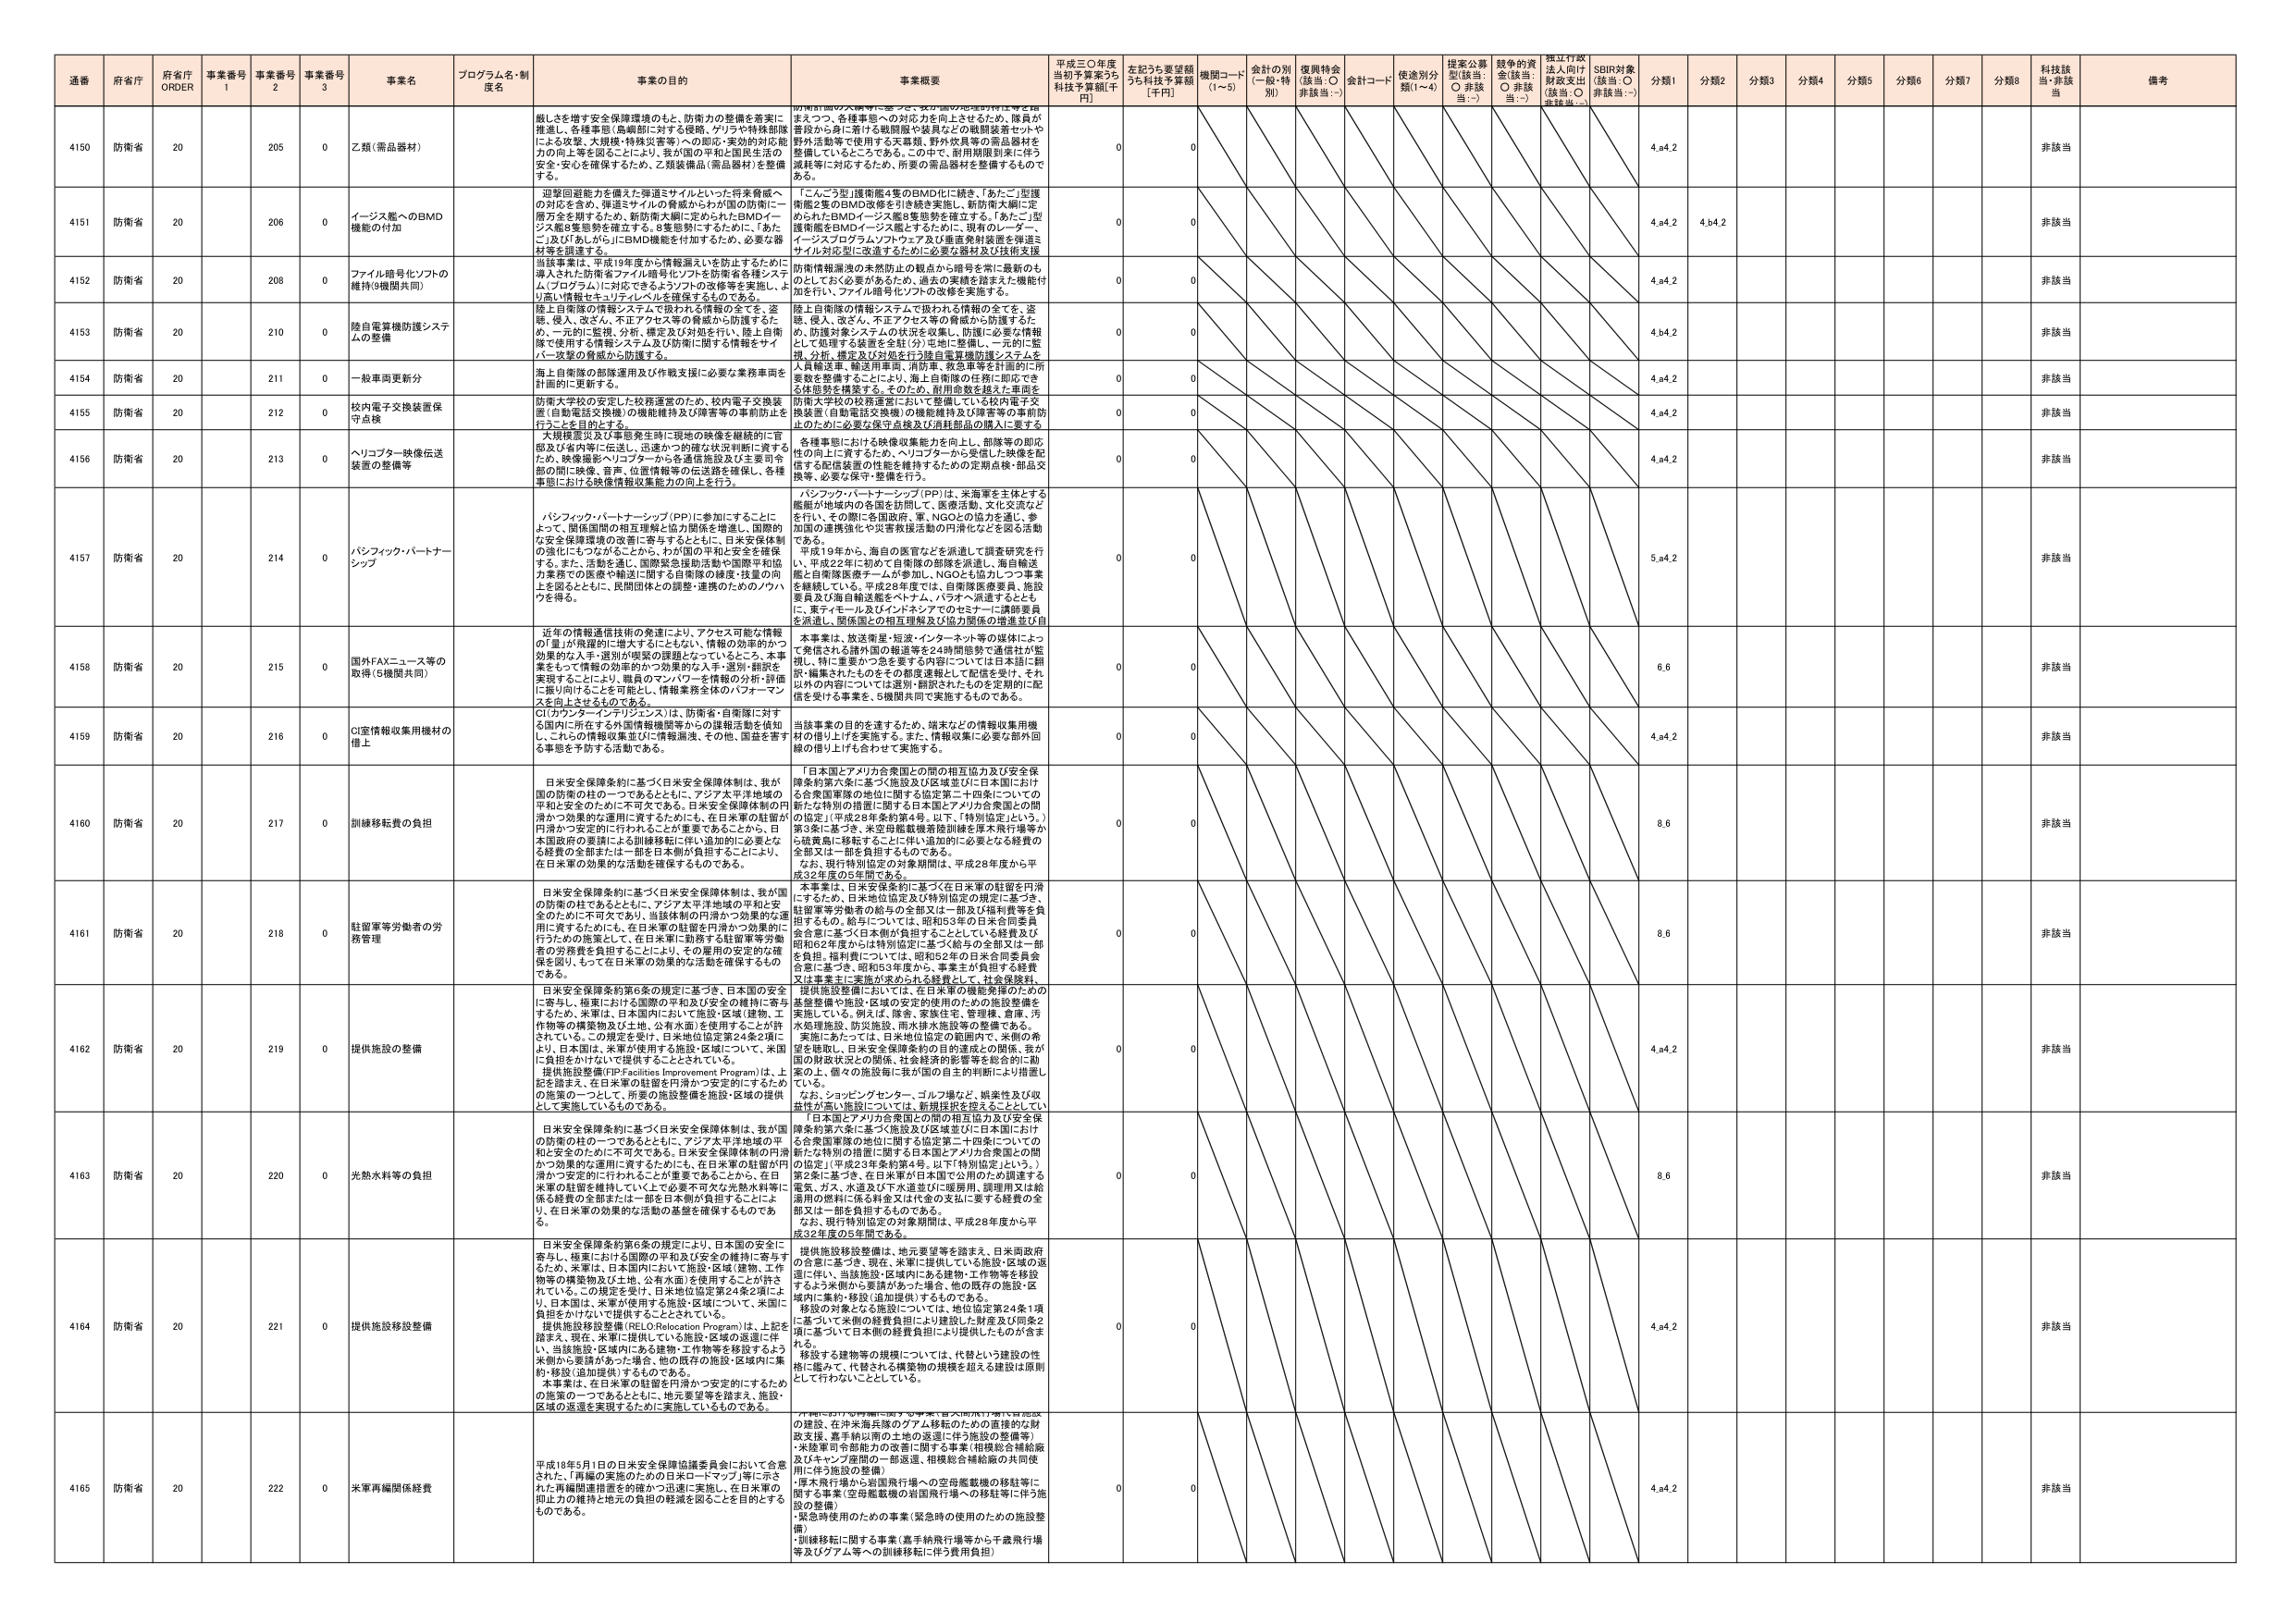
通番 府省庁 府省庁 ORDER 事業番号 1 事業番号 2 事業番号 3 事業名 プログラム名・制 度名 事業の目的 事業概要 平成三〇年度 当初予算案うち 科技予算額[千 円] 左記うち要望額 うち科技予算額 [千円] 機関コード (1～5) 会計の別 (一般・特 別) 復興特金 (該当：○ 非該当：-) 会計コード 使途別分 類(1～4) 提案公募 型(該当： ○ 非該当：-) 競争的資 金(該当： ○ 非該当：-) 独立行政 法人向け 財政支出 (該当：○ 非該当：-) SDBR対象 (該当：○ 非該当：-) 分類1 分類2 分類3 分類4 分類5 分類6 分類7 分類8 科技該 当・非該 当 備考

4150 防衛省 20 205 0 乙類（需品器材） 船しを増す安全保障環境のもと、防衛力の整備を着実に 推進し、各種事態（島嶼部に対する侵略、ゲリラや特殊部隊 による攻撃、大規模・特殊災害等）への即応・実効的対応能 力の向上等を図ることにより、我が国の平和と国民生活の 安全・安心を確保するため、乙類装備品（需品器材）を整備 する。 要請期間の大幅増に応じて、実力増の加速的伴走を図 る。また、各種事態への対応力を向上させるため、隊員が 普段から身に着ける戦闘服や装具などの戦闘装備や、や 野外活動等で使用する天幕類、野外炊具等の需品器材を 整備しているところである。この中で、耐用期限到来に伴う 流耗等に対応するため、所要の需品器材を整備するもので ある。 0 0 4.a4.2 非該当

4151 防衛省 20 206 0 イージス艦へBMD 機能の付加 即応回避能力を備えた弾道ミサイルといった将来脅威へ の対応を含め、弾道ミサイルの発威からわが国の防衛に一 層万全を期するため、新防衛大綱に定められたBMDイー ジス艦8隻態勢を確立する。8隻態勢にするために、「あた ご」及び「あらかじ」にBMD機能を付加するため、必要な器 材等を調達する。 「こんごう型」護衛艦4隻のBMD化に続き、「あたご」型護 衛艦2隻のBMD改修を引き続き実施し、新防衛大綱に定 められたBMDイージス艦8隻態勢を確立する。「あたご」型 護衛艦をBMDイージス艦とするために、現有のレーダー、 イージスプログラムソフトウェア及び垂直発射装置を弾道ミ サイル対応型に改進するのに必要な器材及び技術支援 0 0 4.a4.2 4.b4.2 非該当

4152 防衛省 20 208 0 ファイル暗号化ソフトの 維持(9機関共同) 当該事業は、平成19年度から情報漏えいを防止するために 導入された防衛省ファイル暗号化ソフトを防衛省各様システ ム（プログラム）に対応できるようソフトの改修等を実施し、よ り強い情報をセキュリティレベルを維持するものである。 防衛情報漏洩の未然防止の観点から暗号を常に最新のも のにしておく必要があるため、過去の実績を踏まえた機能付 加を行い、ファイル暗号化ソフトの改修を実施する。 0 0 4.a4.2 非該当

4153 防衛省 20 210 0 陸自電算機防護システ ムの整備 陸上自衛隊の情報システムで扱われる情報の全てを、盗 聴、侵入、改ざん、不正アクセス等の脅威から防護するた め、一元的に監視、分析、構定及び対処を行い、陸上自衛 隊で使用する情報システム及び防衛に関する情報をサイ バー攻撃の脅威から防護する。 陸上自衛隊の情報システムで扱われる情報の全てを、盗 聴、侵入、改ざん、不正アクセス等の脅威から防護するた め、防護対象システムの状況を収集し、防護に必要な情報 として処理する装置を全駐（分）屯地に整備し、一元的に監 視、分析、構定及び対処を行う陸自電算機防護システムを 0 0 4.b4.2 非該当

4154 防衛省 20 211 0 一般車両更新分 海上自衛隊の部隊運用及び作戦支援に必要な業務車両を 計画的に更新する。 人員輸送車、輸送用車両、消防車、救急車等を計画的に所 要数を整備することにより、海上自衛隊の任務に即応でき る体態勢を構築する。そのため、耐用年数を越えた車両を 0 0 4.a4.2 非該当

4155 防衛省 20 212 0 校内電子交換装置保 守点検 防衛大学校の安定した校務運営のため、校内電子交換装 置（自動電話交換機）の機能維持及び障害等の事前防止を 行うことを目的とする。 防衛大学校の校務運営において整備している校内電子交 換装置（自動電話交換機）の機能維持及び障害等の事前防 止のために必要な保守点検及び消耗部品の購入に要する 0 0 4.a4.2 非該当

4156 防衛省 20 213 0 ヘリコプター映像伝送 装置の整備等 大規模震災及び事態発生時に現地の映像を継続的に管 憲及び省内等に伝送し、迅速かつ的確な状況判断に資する ため、映像撮影ヘリコプターから各通信施設及び主要司令 部の間に映像、音声、位置情報等の伝送路を確保し、各種 事態における映像情報収集能力の向上を行う。 各種事態における映像収集能力を向上し、部隊等の即応 性の向上に資するため、ヘリコプターから受信した映像を配 信する配信装置の性能を維持するための定期点検・部品交 換等、必要な保守・整備を行う。 0 0 4.a4.2 非該当

4157 防衛省 20 214 0 パシフィック・パートナー シップ パシフィック・パートナーシップ（PP）に参加することに よって、関係国間の相互理解と協力関係を増進し、国際的 な安全保障環境の改善に寄与するとともに、日米安保体制 の強化にもつながることから、わが国の平和と安全を確保 する。また、活動を通し、国際緊急援助活動や国際平和協 力事業での自衛や補強に関する自衛隊の派遣・技術の向 上を図るとともに、民間団体との調整・連携のためのノウハ ウを得る。 パシフィック・パートナーシップ（PP）は、米海軍を主体とする 艦艇が地域内の各国を訪問して、医療活動、文化交流など を行い、その際に各国政府、軍、NGOとの協力を通じ、参 加国の連携強化や災害救援活動の円滑化などを図る活動 である。 平成19年から、海自の医官などを派遣して調査研究を行 い、平成22年に初めて自衛隊の部隊を派遣し、海自輸送 艦と自衛隊医療チームが参加し、NGOとも協力しつつ事業 を継続している。平成28年度では、自衛隊医療要員、施設 要員及び海自輸送艦をベトナム、パラオへ派遣するととも に、更ティモール及びインドネシアでのセミナーに講師要員 を派遣し、関係国との相互理解及び協力関係の増進並び自 0 0 5.a4.2 非該当

4158 防衛省 20 215 0 国外FAXニュース等の 取得（5機関共同） 近年の情報通信技術の発達により、アクセス可能な情報 の「量」が飛躍的に増大するとともに、情報の効率的かつ 効果的な入手・選別が喫緊の課題となっているところ、本事 業をもって情報の効率的かつ効果的な入手・選別・翻訳を 実現することにより、職員のマンパワーを情報の分析・評価 に振り向けることを可能とし、情報業務全体のパフォーマン スを向上させることを目的とする。 本事業は、放送衛星・短波・インターネット等の媒体によっ て発信される国外の報道等を24時間態勢で通信社が監 視し、特に重要かつ2を要する内容については日本語に翻 訳・編集されたものをその都度連載として配信を受ける。そ れ以外の内容については選別・翻訳されたものを定期的に配 信を受ける事業を、5機関共同で実施するものである。 0 0 6.6 非該当

4159 防衛省 20 216 0 CI室情報収集用機材の 借上 CI（カウンターインテリジェンス）は、防衛省・自衛隊に対す る国外に所在する外国情報機関等からの諜報活動を検知 し、これらの情報収集活動に情報漏洩、その他、国益を害す る事態を予防する活動である。 当該事業の目的を達するため、端末などの情報収集用機 材の借り上げを実施する。また、情報収集に必要な部外回 線の借り上げも合わせて実施する。 0 0 4.a4.2 非該当

4160 防衛省 20 217 0 訓練移転費の負担 日米安全保障条約に基づく日米安全保障体制は、我が 国の防衛の柱の一つであるとともに、アジア太平洋地域の 平和と安全のために不可欠である。日米安全保障体制の円 滑かつ効果的な運用に資するためにも、在日米軍の駐留が 円滑かつ安定的に行われることが重要であることから、日 本国民の要請による訓練移転に伴い追加的に必要とな る経費の全部または一部を日本側が負担することにより、 在日米軍の効果的な活動を確保するものである。 「日本国とアメリカ合衆国との間の相互協力及び安全保 障条約第六条に基づく施設及び区域並びに日本国におけ る合衆国軍隊の地位に関する協定第二十四条についての 新たな特別の措置に関する日本国とアメリカ合衆国との間 の協定」（平成28年条約第4号。以下、「特別協定」という。） 第3条に基づき、米空母艦載機補給訓練を厚木飛行場等か ら横須賀に移転することに伴い追加的に必要となる経費の 全部又は一部を負担するものである。 なお、現行特別協定の対象期間は、平成28年度から平 成32年度の5年間である。 0 0 8.6 非該当

4161 防衛省 20 218 0 駐留軍等労働者の労 務管理 日米安全保障条約に基づく日米安全保障体制は、我が国 の防衛の柱であるとともに、アジア太平洋地域の平和と安 全のために不可欠であり、当該体制の円滑かつ効果的な運 用に資するためにも、在日米軍の駐留が円滑かつ効果的に 行うための施策として、在日米軍に勤務する駐留軍等労働 者の労務費を負担することにより、その雇用の安定的な確 保を図り、もって在日米軍の効果的な活動を確保するもの である。 本事業は、日米安保条約に基づく在日米軍の駐留を円滑 にするため、日米地位協定及び特別協定の規定に基づき、 駐留軍等労働者の給与の全部又は一部及び福利費等を負 担するもの。給与については、昭和53年の日米合同委員 会合意に基づく日本側が負担することとしている経費及び 昭和62年度からは特別協定に基づく給与の全部又は一部 を負担。福利費については、昭和52年の日米合同委員会 合意に基づき、昭和53年度から、事業主が負担する経費 又は事業主に委託が求められる経費として、社会保険料、 提供施設整備においては、在日米軍の機能発揮のための 基盤整備や施設・区域の安定的使用のための施設整備を 実施している。例えば、隊舎、家族住宅、管理棟、倉庫、汚 水処理施設、防災施設、雨水排水施設等の整備である。 0 0 8.6 非該当

4162 防衛省 20 219 0 提供施設の整備 日米安全保障条約第6条の規定に基づき、日本国の安全 に寄与し、極東における国際の平和及び安全の維持に寄与 するため、米軍は、日本国内において施設・区域（建物、工 作物等の構築物及び土地、公有水面）を使用することが許 されている。この規定を受け、日米地位協定第24条2項に より、日本国は、米軍が使用する施設・区域について、米国 に負担をかけないで提供することとされている。 提供施設整備(FP Facilities Improvement Program)は、上 記を踏まえ、在日米軍の駐留を円滑かつ安定的にするため の施策の一つとして、所要の施設整備を施設・区域の提供 として実施しているものである。 美施にあたっては、日米地位協定の範囲内で、米側の希 望を聴取し、日米安全保障条約の目的達成との関係、我が 国の財政状況との関係、社会経済的影響等を総合的に勘 案の上、個々の施設毎に我が国の自主的判断により措置し ている。 なお、ショッピングセンター、ゴルフ場など、娯楽性及び収 益性が高い施設については、新規提供を控えることとしてい る。 0 0 4.a4.2 非該当

4163 防衛省 20 220 0 光熱水料金の負担 日米安全保障条約に基づく日米安全保障体制は、我が国 の防衛の柱の一つであるとともに、アジア太平洋地域の平 和と安全のために不可欠である。日米安全保障体制の円滑 かつ効果的な運用に資するためにも、在日米軍の駐留が円 滑かつ安定的に行われることが重要であることから、在日 米軍の駐留を維持していく上で必要不可欠な光熱水料等に 係る経費の全部または一部を日本側が負担することによ り、在日米軍の効果的な活動の基盤を確保するものであ る。 「日本国とアメリカ合衆国との間の相互協力及び安全保 障条約第六条に基づく施設及び区域並びに日本国におけ る合衆国軍隊の地位に関する協定第二十四条についての 新たな特別の措置に関する日本国とアメリカ合衆国との間 の協定」（平成28年条約第4号。以下「特別協定」という。） 第2条に基づき、在日米軍が日本国で公用のため調達する 電気、ガス、水道及び下水道並びに暖房用、調理用又は給 湯用の燃料に係る料金又は代金の支払に要する経費の全 部又は一部を負担するものである。 なお、現行特別協定の対象期間は、平成28年度から平 成32年度の5年間である。 0 0 8.6 非該当

4164 防衛省 20 221 0 提供施設移設整備 日米安全保障条約第6条の規定により、日本国の安全に 寄与し、極東における国際の平和及び安全の維持に寄与す るため、米軍は、日本国内において施設・区域（建物、工作 物等の構築物及び土地、公有水面）を使用することが許さ れている。この規定を受け、日米地位協定第24条2項によ り、日本国は、米軍が使用する施設・区域について、米国に 負担をかけないで提供することとされている。 提供施設移設整備（REL O Relocation Program）は、上記を 踏まえ、現在、米軍に提供している施設・区域の返還に伴 い、当該施設・区域内にある建物・工作物等を移設するよう に勧められ要請があった場合、他の既存の施設・区域内に集 約・移設（追加提供）するものである。 本事業は、在日米軍の駐留を円滑かつ安定的にするため の施策の一つであるとともに、地元要望等を踏まえ、施設・ 区域の返還を実現するために実施しているものである。 提供施設移設整備は、地元要望等を踏まえ、日米両政府 の合意に基づき、現在、米軍に提供している施設・区域の返 還に伴い、当該施設・区域内にある建物・工作物等を移設 するよう米側から要請があった場合、他の既存の施設・区 域内に集約・移設（追加提供）するものである。 移設の対象となる施設については、地位協定第24条1項 に基づいて米側の経費負担により建設した財産及び同条2 項に基づいて日本側の経費負担により提供したものが含ま れる。 移設する建物等の規模については、代替という建設の性 格に鑑みて、代替される構築物の規模を超える建設は原則 として行わないこととしている。 0 0 4.a4.2 非該当

4165 防衛省 20 222 0 米軍再編関係経費 平成18年5月1日の日米安全保障協議委員会において合意 された、「再編の実施のための日米ローマンプラン」等に示さ れた再編関連措置の推進かつ迅速に実施し、在日米軍の 抑止力の維持と地元の負担の軽減を図ることを目的とする ものである。 本件は、日米安全保障協議委員会において合意された再編 の建設、在沖米海兵隊のグアム移転のための直接的な財 政支援、嘉手納以南の土地の返還に伴う施設の整備等） ・米陸軍司令部能力の改善に関する事業（相模総合補給廠 及びキャンプ座間の一部返還、相模総合補給廠の共同使 用に伴う施設の整備） ・厚木飛行場から岩国飛行場への空母艦載機の移駐等に 関する事業（空母艦載機の岩国飛行場への移駐等に伴う施 設の整備） ・緊急時使用のための事業（緊急時の使用のための施設整 備） ・訓練移転に関する事業（嘉手納飛行場等から千歳飛行場 等及びグアム等への訓練移転に伴う費用負担） 0 0 4.a4.2 非該当